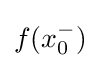
{\textstyle f(x_{0}^{-})}